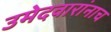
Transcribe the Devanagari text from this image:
उमेदवारांनाच